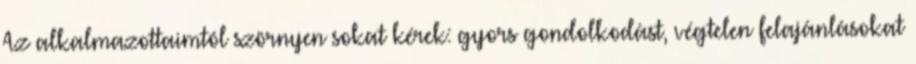
Az alkalmazottaimtól szörnyen sokat kérek: gyors gondolkodást, végtelen felajánlásokat